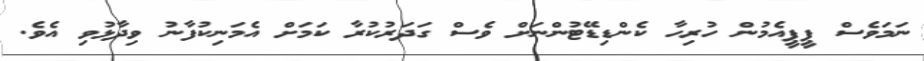
ނަމަވެސް ޕީޕީއެމުން ހުރިހާ ކެންޑިޑޭޓުންނަށް ވެސް ގަދަރުކުރާ ކަމަށް އެމަނިކުފާނު ވިދާޅުވި އެވެ.